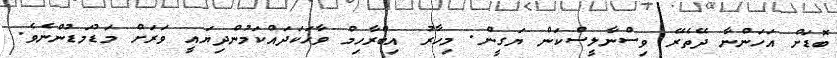
ބޮޑަށް އަހަންނާ ދޭތެރޭ ވިސްނާލީސްކަން ޔަގީން. މިހާރު އިބްރާހިމް ވާހަކަދައްކަމުންދިޔައީ ވަރަށް މަޑުމަޑުންނެވެ.